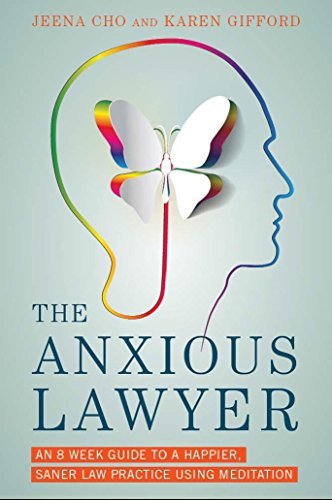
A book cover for The Anxious Lawyer: An 8-Week Guide to a Happier, Saner Law Practice Using Meditation; Jeena Cho; Health, Fitness & Dieting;